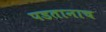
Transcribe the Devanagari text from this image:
पडतानाच